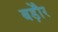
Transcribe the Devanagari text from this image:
बड़ेौर